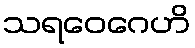
သရဝေဂေဟိ